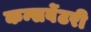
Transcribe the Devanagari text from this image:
कन्सर्वेटरी